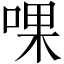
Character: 𠵩